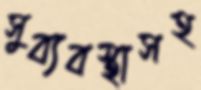
সুব্যবস্থাসহ